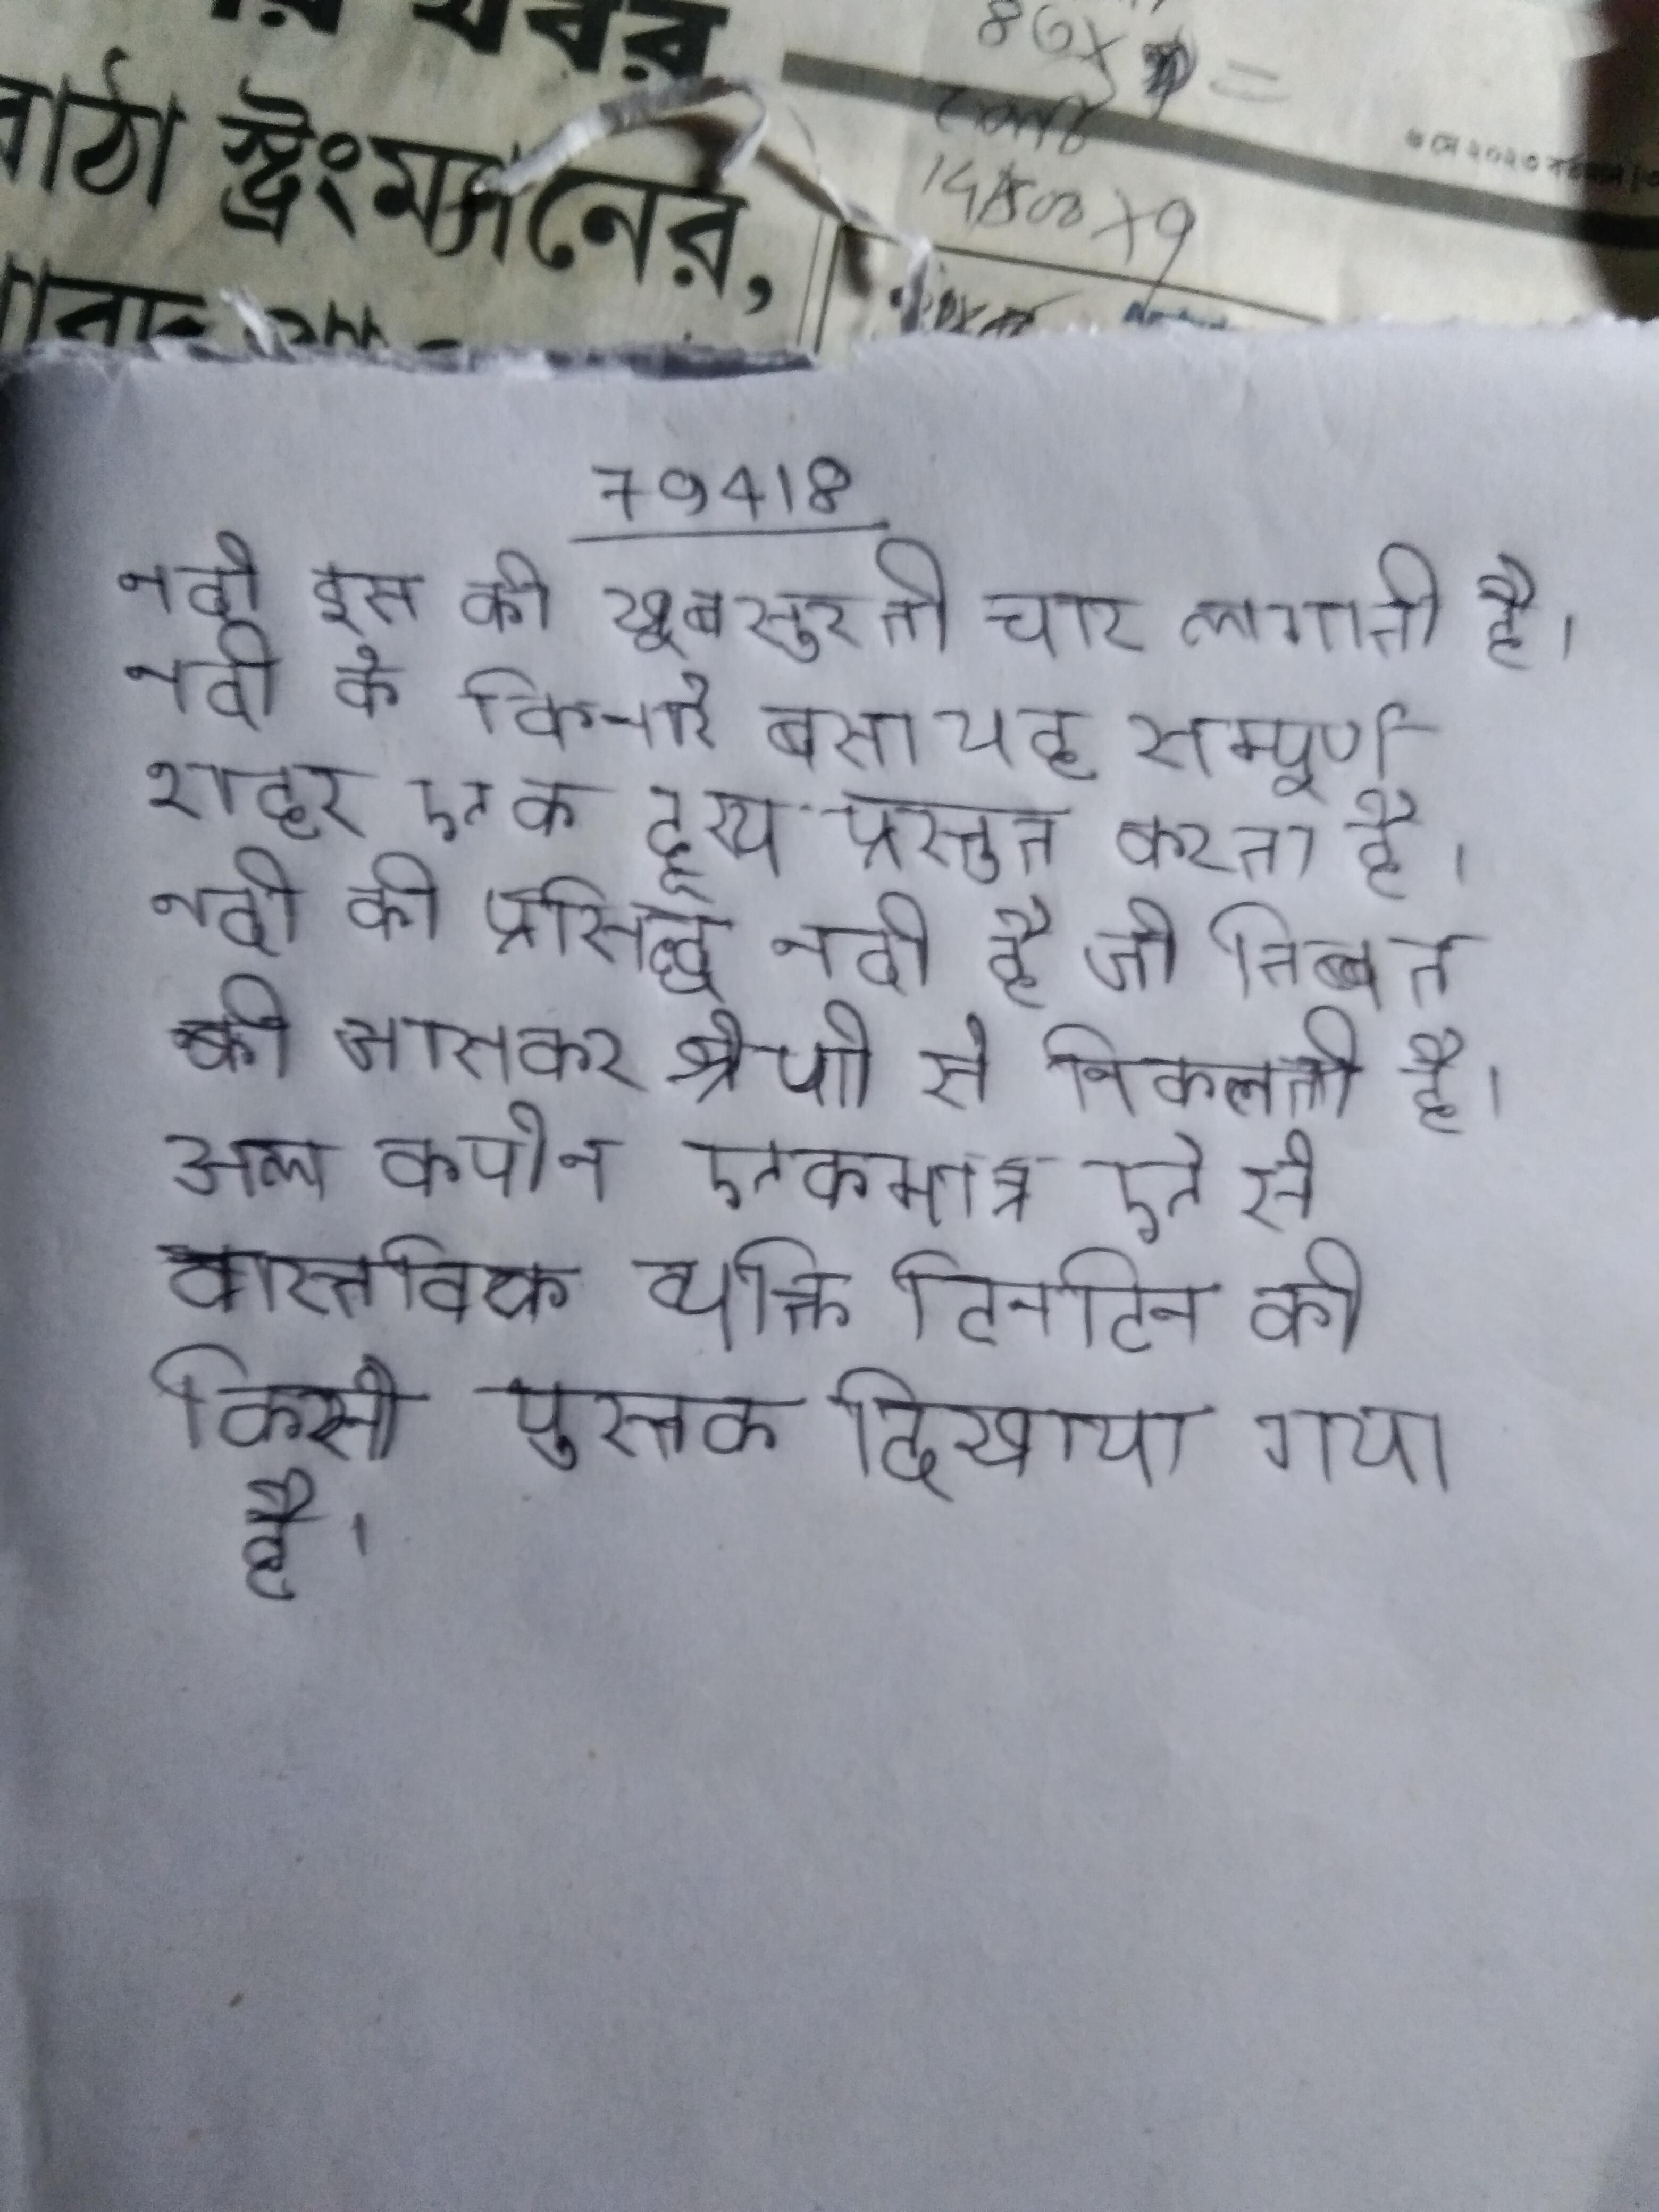
नदी इस की खूबसुरती चार लगाती है । नदी के किनारे बसा यह सम्पूर्ण शहर एक दृश्य प्रस्तुत करता है । नदी की प्रसिद्ध नदी है जो तिब्बत की जासकर श्रेणी से निकलती है । अल कपोन एकमात्र ऐसे वास्तविक व्यक्ति टिनटिन की किसी पुस्तक दिखाया गया है ।